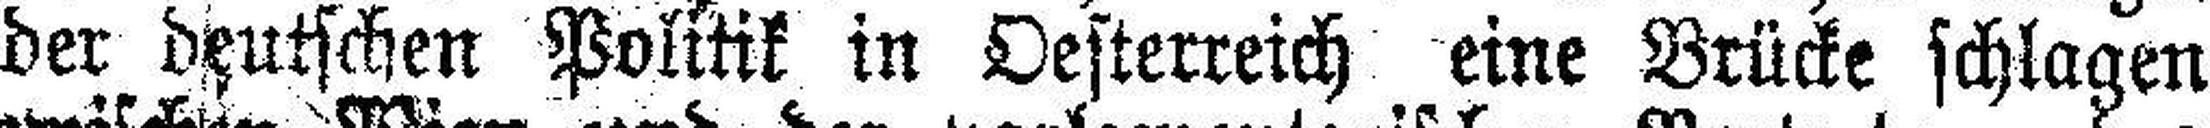
der deutschen Politik in Oesterreich eine Brücke schlagen